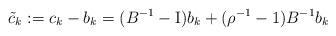
LaTeX: \begin{align*}\tilde{c}_k:=c_k-b_k=(B^{-1}-\mathrm{I}) b_k+(\rho^{-1}-1) B^{-1} b_k\end{align*}